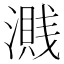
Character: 𣿽